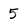
Character: 5